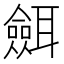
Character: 𦗼